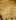
اذا